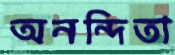
অনন্দিতা